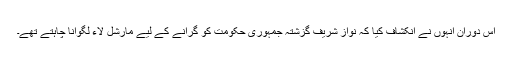
اس دوران انہوں نے انکشاف کیا کہ نواز شریف گزشتہ جمہوری حکومت کو گرانے کے لیے مارشل لاء لگوانا چاہتے تھے۔